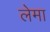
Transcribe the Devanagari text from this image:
लेमा